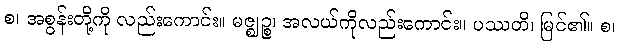
စ၊ အစွန်းတို့ကို လည်းကောင်း။ မဇ္ဈဉ္စ၊ အလယ်ကိုလည်းကောင်း။ ပဿတိ၊ မြင်၏။ စ၊